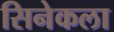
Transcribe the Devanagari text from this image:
सिनेकला